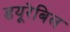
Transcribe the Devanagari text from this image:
डयूरेबिल